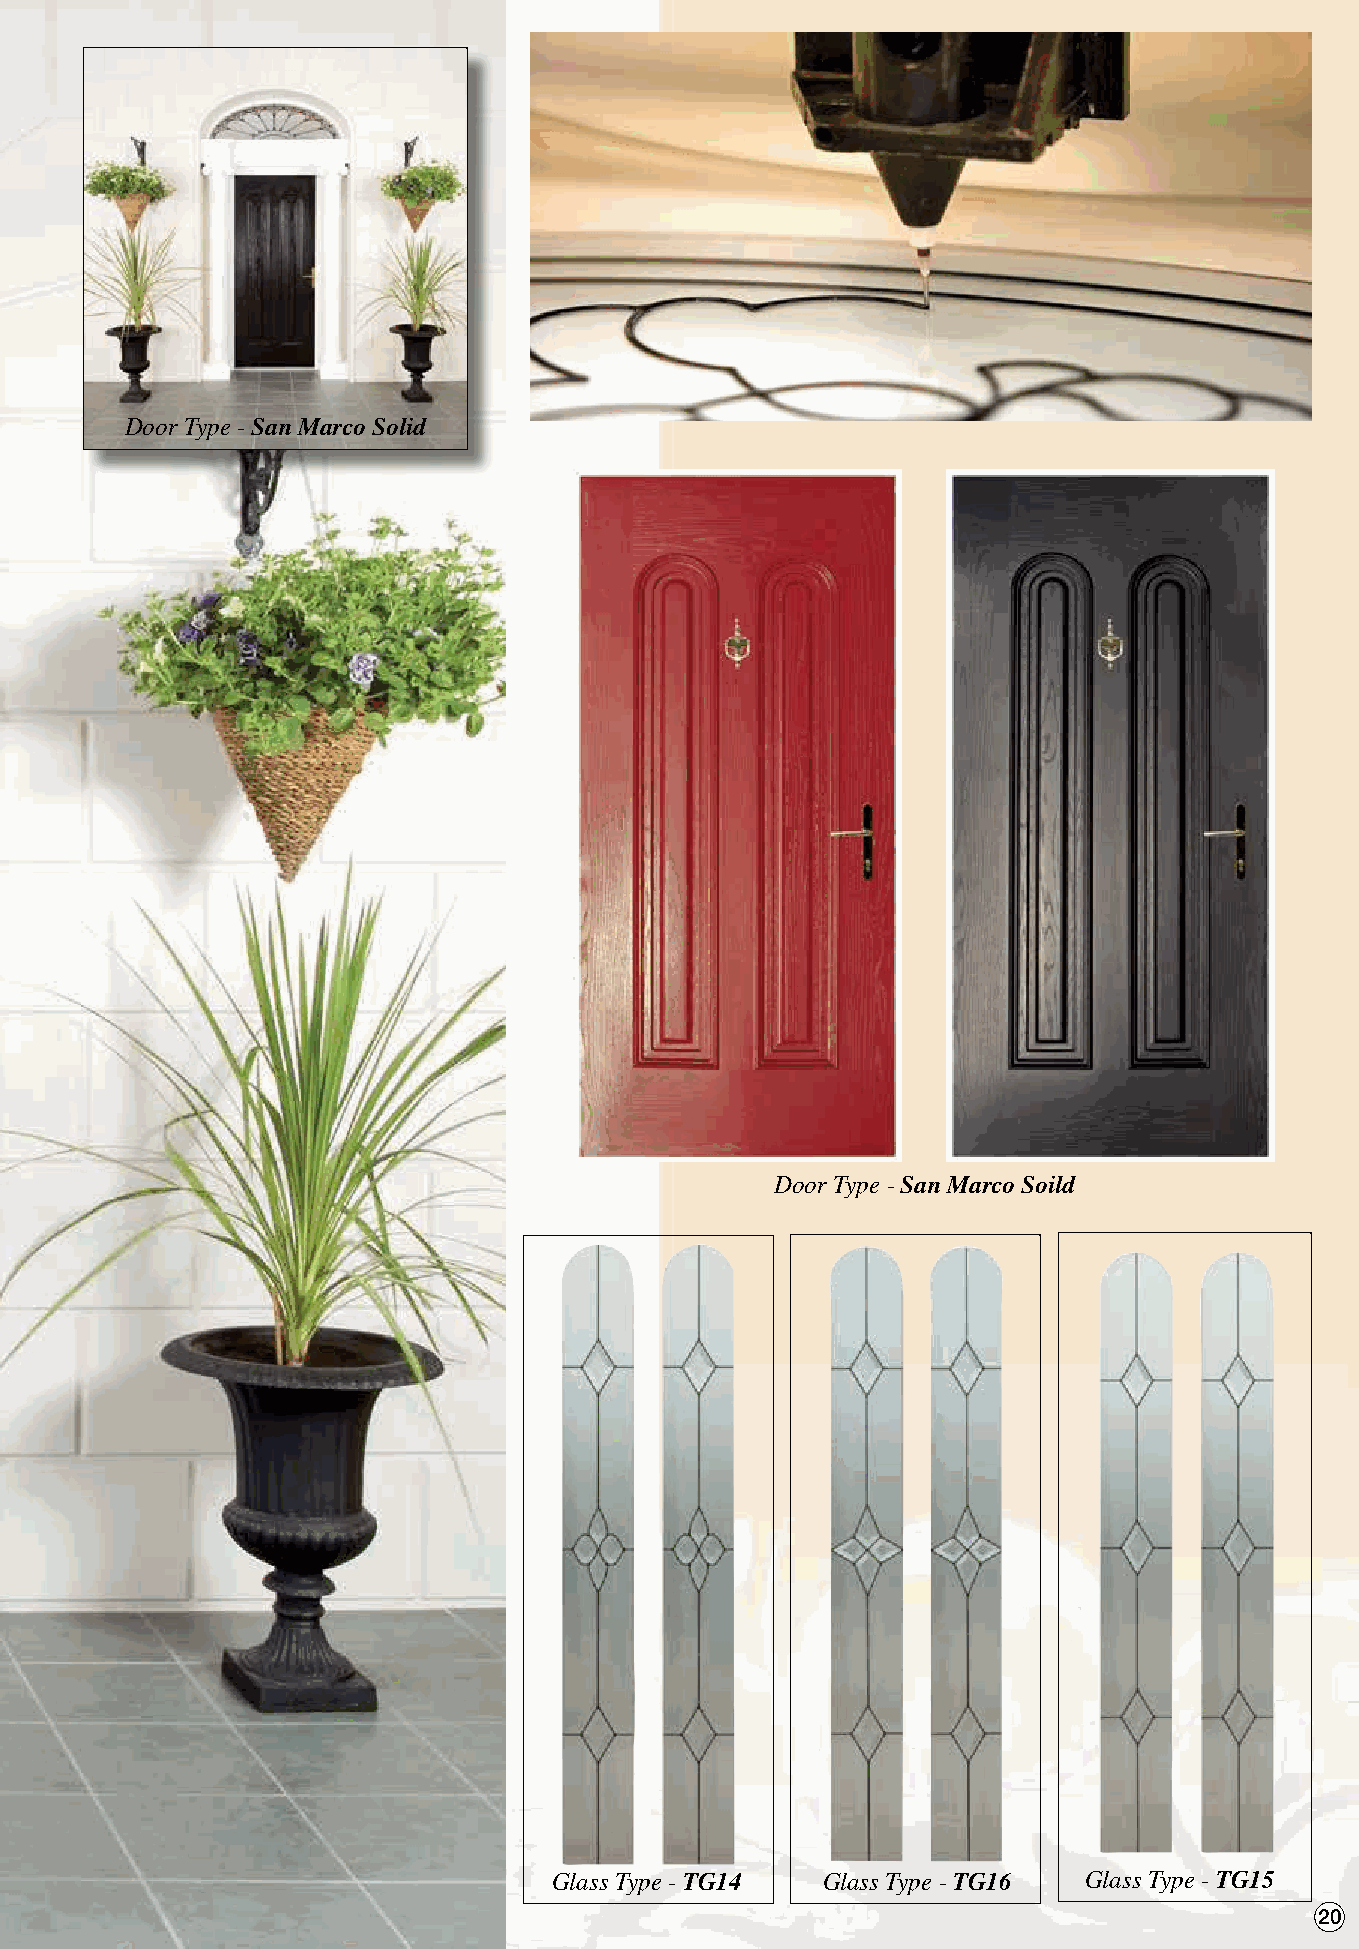
Door Type - San Marco Solid
 Door Type - San Marco Soild
 Glass Type - TG14 Glass Type - TG16 Glass Type - TG15
 20